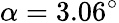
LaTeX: \alpha=3.06^{\circ}